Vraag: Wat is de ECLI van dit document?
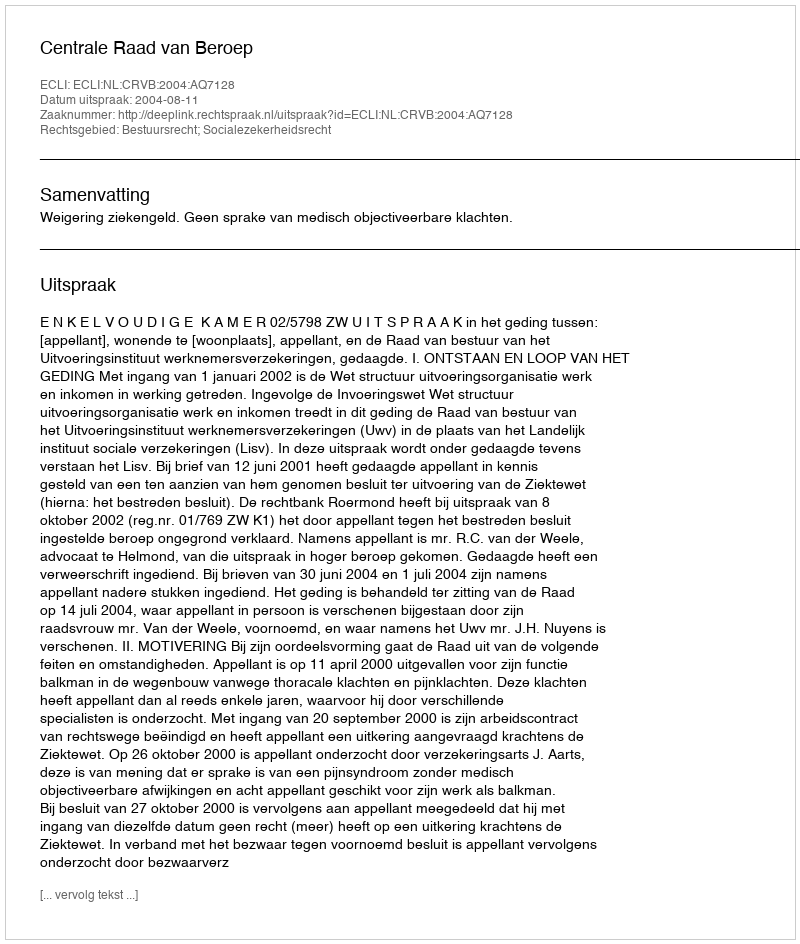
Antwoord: ECLI:NL:CRVB:2004:AQ7128